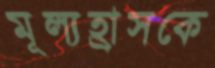
মূল্যহ্রাসকে